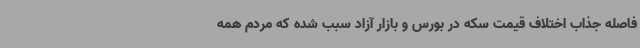
فاصله جذاب اختلاف قیمت سکه در بورس و بازار آزاد سبب شده که مردم همه